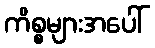
ကိစ္စများအပေါ်